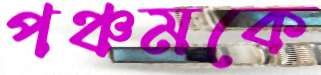
পঞ্চমকে